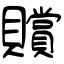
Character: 贘